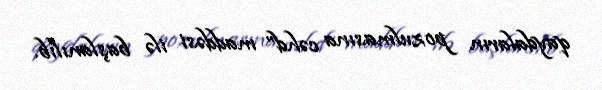
qaydaların pozulmasına cəhd” maddəsi ilə başlanılıb.